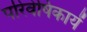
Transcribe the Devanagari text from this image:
परिवेषिकायें